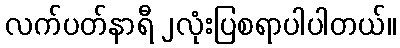
လက်ပတ်နာရီ ၂လုံးပြစရာပါပါတယ်။